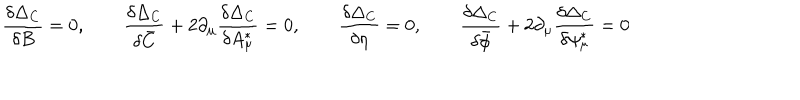
LaTeX: \frac { \delta \Delta _ { \mathrm { C } } } { \delta B } = 0 , \qquad \frac { \delta \Delta _ { \mathrm { C } } } { \delta \bar { C } } + 2 \partial _ { \mu } \frac { \delta \Delta _ { \mathrm { C } } } { \delta A _ { \mu } ^ { * } } = 0 , \qquad \frac { \delta \Delta _ { \mathrm { C } } } { \delta \eta } = 0 , \qquad \frac { \delta \Delta _ { \mathrm { C } } } { \delta \bar { \phi } } + 2 \partial _ { \mu } \frac { \delta \Delta _ { \mathrm { C } } } { \delta \psi _ { \mu } ^ { * } } = 0